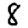
Digit: 8